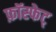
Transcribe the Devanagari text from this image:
फ़ॉस्फेट्